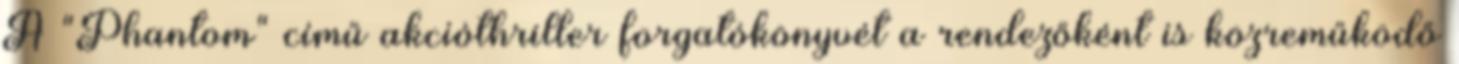
A "Phantom" című akcióthriller forgatókönyvét a rendezőként is közreműködő